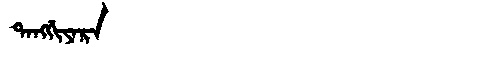
Manchu: ᡨᠠᠩᡤᡳᠶᠠᡵᠠ
Romanization: TANGGIYARA